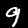
Digit: 9